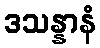
ဒသန္နာနံ